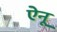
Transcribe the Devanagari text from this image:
ऐनू